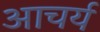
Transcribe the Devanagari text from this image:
आचर्य